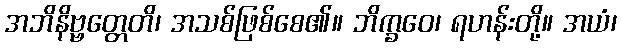
အဘိနိဗ္ဗတ္တေတိ၊ အသစ်ဖြစ်စေ၏။ ဘိက္ခဝေ၊ ရဟန်းတို့။ အယံ၊